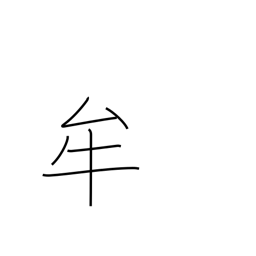
Meaning: pupil (eye)